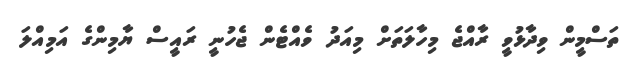
ތަސްމީން ވިދާޅުވީ ރާއްޖެ މިހާލަތަށް މިއަދު ވެއްޓެން ޖެހުނީ ރައީސް ޔާމިންގެ އަމިއްލަ